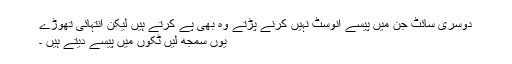
دوسری سائٹ جن میں پیسے انوسٹ نہیں کرنے پڑتے وہ بھی پے کرتے ہیں لیکن انتہائی تھوڑے
یوں سمجھ لیں ٹکوں میں پیسے دیتے ہیں ۔